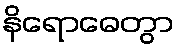
နိရောဓေတွာ